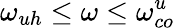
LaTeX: \omega_{uh}\leq\omega\leq\omega_{co}^{u}